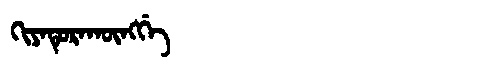
Manchu: ᡴᡳᠶᠠᡨᡠᡵᠠᡴᡡᠩᡤᡝ
Romanization: KIYATURAKŪNGGE